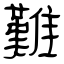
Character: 難